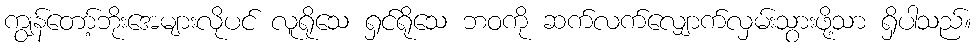
ကျွန်တော့်ဘိုးအေများလိုပင် လူရိုသေ ရှင်ရိုသေ ဘဝကို ဆက်လက်လျှောက်လှမ်းသွားဖို့သာ ရှိပါသည်။